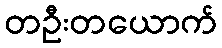
တဦးတယောက်